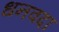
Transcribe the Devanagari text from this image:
धनवदा